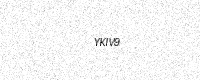
Text: YKIV9